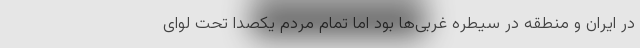
در ایران و منطقه در سیطره غربی‌ها بود اما تمام مردم یکصدا تحت لوای